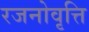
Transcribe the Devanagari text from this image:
रजनोवृत्ति